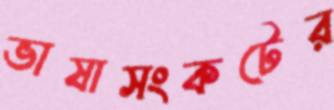
ভাষাসংকটের